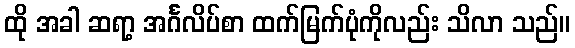
ထို အခါ ဆရာ့ အင်္ဂလိပ်စာ ထက်မြက်ပုံကိုလည်း သိလာ သည်။